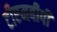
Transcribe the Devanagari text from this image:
टीएमबीपी